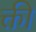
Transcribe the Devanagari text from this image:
क्ती